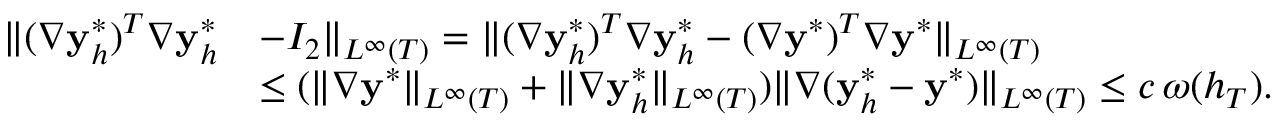
\begin{array} { r l } { \| ( \nabla \mathbf { y } _ { h } ^ { * } ) ^ { T } \nabla \mathbf { y } _ { h } ^ { * } } & { - I _ { 2 } \| _ { L ^ { \infty } ( T ) } = \| ( \nabla \mathbf { y } _ { h } ^ { * } ) ^ { T } \nabla \mathbf { y } _ { h } ^ { * } - ( \nabla \mathbf { y } ^ { * } ) ^ { T } \nabla \mathbf { y } ^ { * } \| _ { L ^ { \infty } ( T ) } } \\ & { \leq ( \| \nabla \mathbf { y } ^ { * } \| _ { L ^ { \infty } ( T ) } + \| \nabla \mathbf { y } _ { h } ^ { * } \| _ { L ^ { \infty } ( T ) } ) \| \nabla ( \mathbf { y } _ { h } ^ { * } - \mathbf { y } ^ { * } ) \| _ { L ^ { \infty } ( T ) } \le c \, \omega ( h _ { T } ) . } \end{array}